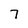
Character: 7